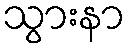
သွားနာ